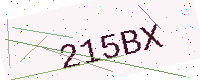
Text: 215BX